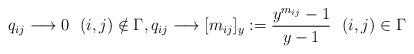
LaTeX: \begin{gather*} q_{ij} \longrightarrow 0 \ \ (i,j) \notin \Gamma,q_{ij} \longrightarrow [m_{ij}]_y := \frac{y^{m_{ij}}-1}{y-1} \ \ (i,j)\in \Gamma\end{gather*}